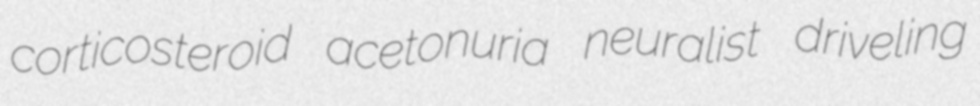
corticosteroid acetonuria neuralist driveling